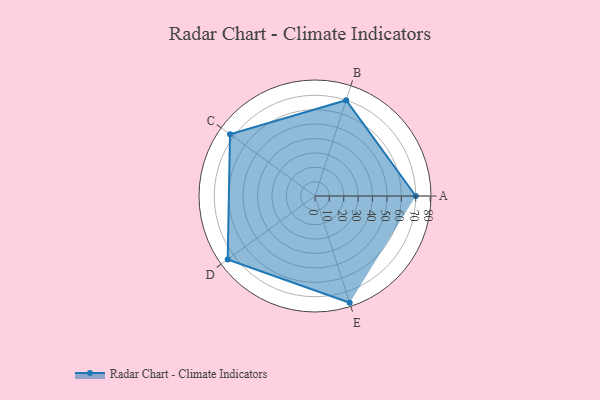
{"axis": {"x": "Skill", "y": "Score"}, "legend": ["Profile"], "data": [{"x": "A", "y": 70.0, "type": "Profile"}, {"x": "B", "y": 70.0, "type": "Profile"}, {"x": "C", "y": 73.0, "type": "Profile"}, {"x": "D", "y": 75.0, "type": "Profile"}, {"x": "E", "y": 78.0, "type": "Profile"}]}